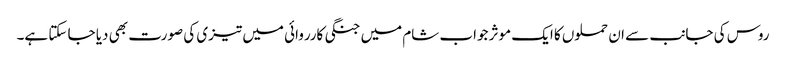
روس کی جانب سے ان حملوں کا ایک موثر جواب شام میں جنگی کارروائی میں تیزی کی صورت بھی دیا جا سکتا ہے۔